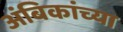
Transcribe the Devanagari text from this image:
अंबिकांच्या